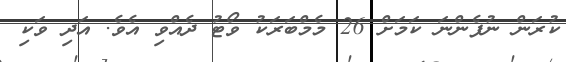
ކުރަން ނުފެންނަ ކަމަށް 26 މެމްބަރަކު ވޯޓު ދެއްވި އެވެ. އަދި ވަކި